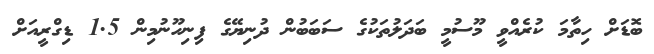
ބޮޑަށް ހިތާމަ ކުރެއްވީ މޫސުމީ ބަދަލުތަކުގެ ސަބަބުން ދުނިޔޭގެ ފިނިހޫނުމިން 1.5 ޑިގްރީއަށް